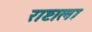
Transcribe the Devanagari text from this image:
राष्टाला